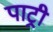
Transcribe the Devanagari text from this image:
पाट्री